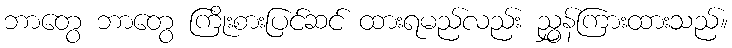
ဘာတွေ ဘာတွေ ကြိုးစားပြင်ဆင် ထားရမည်လည်း ညွှန်ကြားထားသည်။